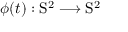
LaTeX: \phi ( t ) : \mathrm { S } ^ { 2 } \longrightarrow \mathrm { S } ^ { 2 }